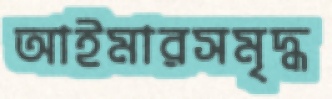
আইমারসমৃদ্ধ